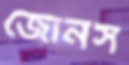
জোনস